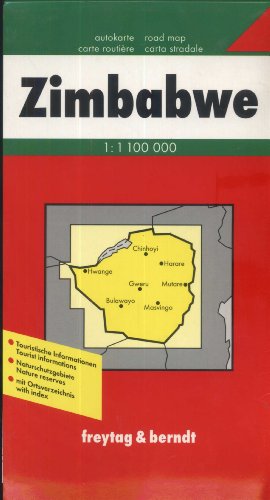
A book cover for Map-Zimbabwe; Travel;